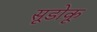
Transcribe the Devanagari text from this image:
सूडोकू